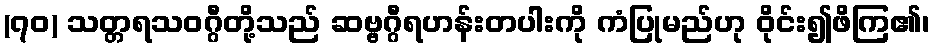
(၇၀) သတ္တရသဝဂ္ဂီတို့သည် ဆဗ္ဗဂ္ဂီရဟန်းတပါးကို ကံပြုမည်ဟု ဝိုင်း၍ဖိကြ၏၊